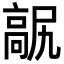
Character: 髛